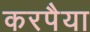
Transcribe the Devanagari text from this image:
करपैया